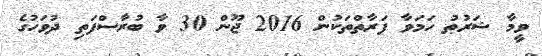
ވީމާ ޝަރުޠު ހަމަވާ ފަރާތްތަކުން 2016 ޖޫން 30 ވާ ބުރާސްފަތި ދުވަހުގެ